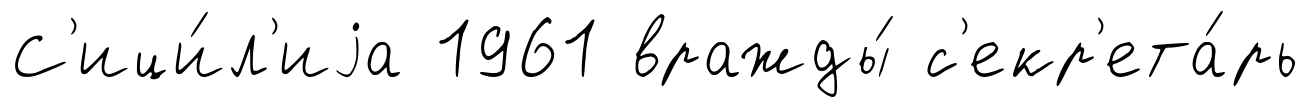
С'ици́л'иjа 1961 вражды́ с'екр'ета́рь